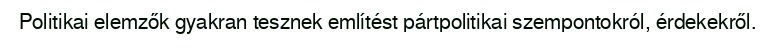
Politikai elemzők gyakran tesznek említést pártpolitikai szempontokról, érdekekről.